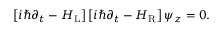
\begin{array} { r } { \left[ i \hbar \partial _ { t } - H _ { \mathrm { L } } \right] \left[ i \hbar \partial _ { t } - H _ { \mathrm { R } } \right] \psi _ { z } = 0 . } \end{array}